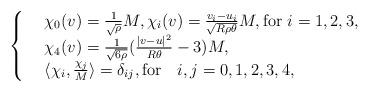
LaTeX: \begin{align*}\left\{\begin{array}{rl}&\chi_{0}(v)=\frac{1}{\sqrt{\rho}}M,\chi_{i}(v)=\frac{v_{i}-u_{i}}{\sqrt{R\rho\theta}}M, \mbox{for $i=1,2,3$,}\\&\chi_{4}(v)=\frac{1}{\sqrt{6\rho}}(\frac{|v-u|^{2}}{R\theta}-3)M,\\&\langle \chi_{i},\frac{\chi_{j}}{M}\rangle=\delta_{ij},\mbox{for ~~$i,j=0,1,2,3,4$},\end{array} \right.\end{align*}